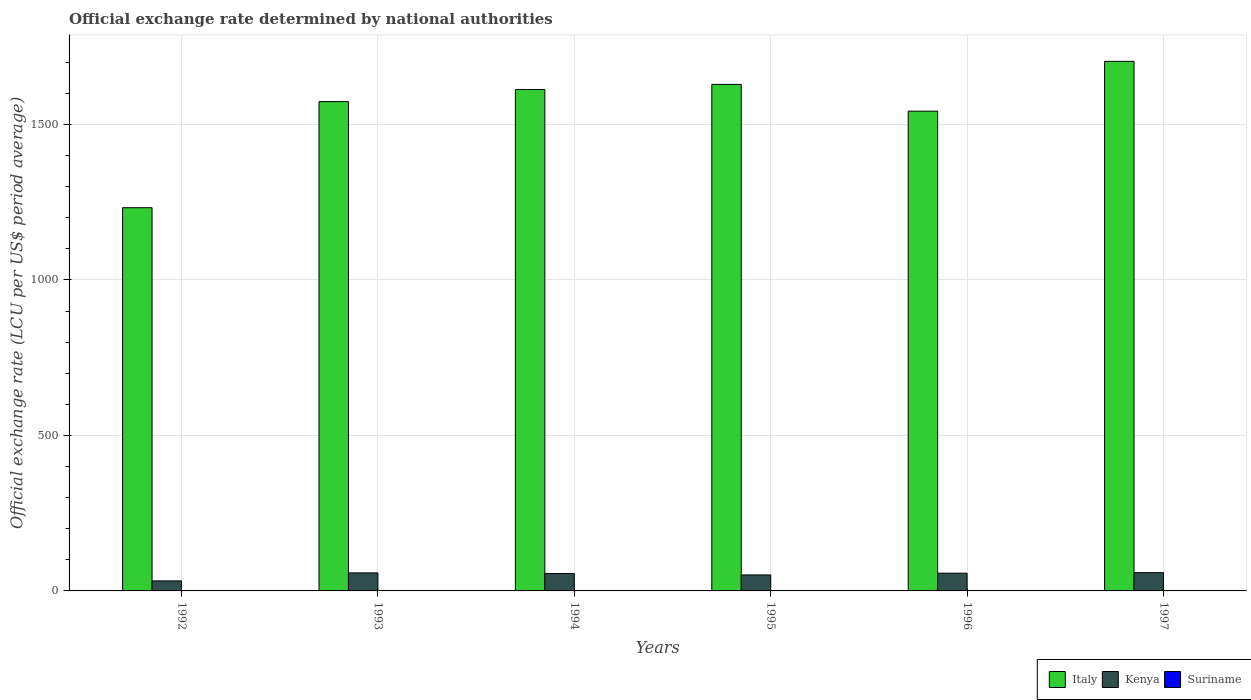
| Years | Italy | Kenya | Suriname |
 | --- | --- | --- | --- |
 | 1992 | 1.23e+03 | 32.2 | 0.00178 |
 | 1993 | 1.57e+03 | 58 | 0.00178 |
 | 1994 | 1.61e+03 | 56.1 | 0.222 |
 | 1995 | 1.63e+03 | 51.4 | 0.443 |
 | 1996 | 1.54e+03 | 57.1 | 0.401 |
 | 1997 | 1.7e+03 | 58.7 | 0.402 |